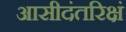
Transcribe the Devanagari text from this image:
आसीदंतरिक्षं